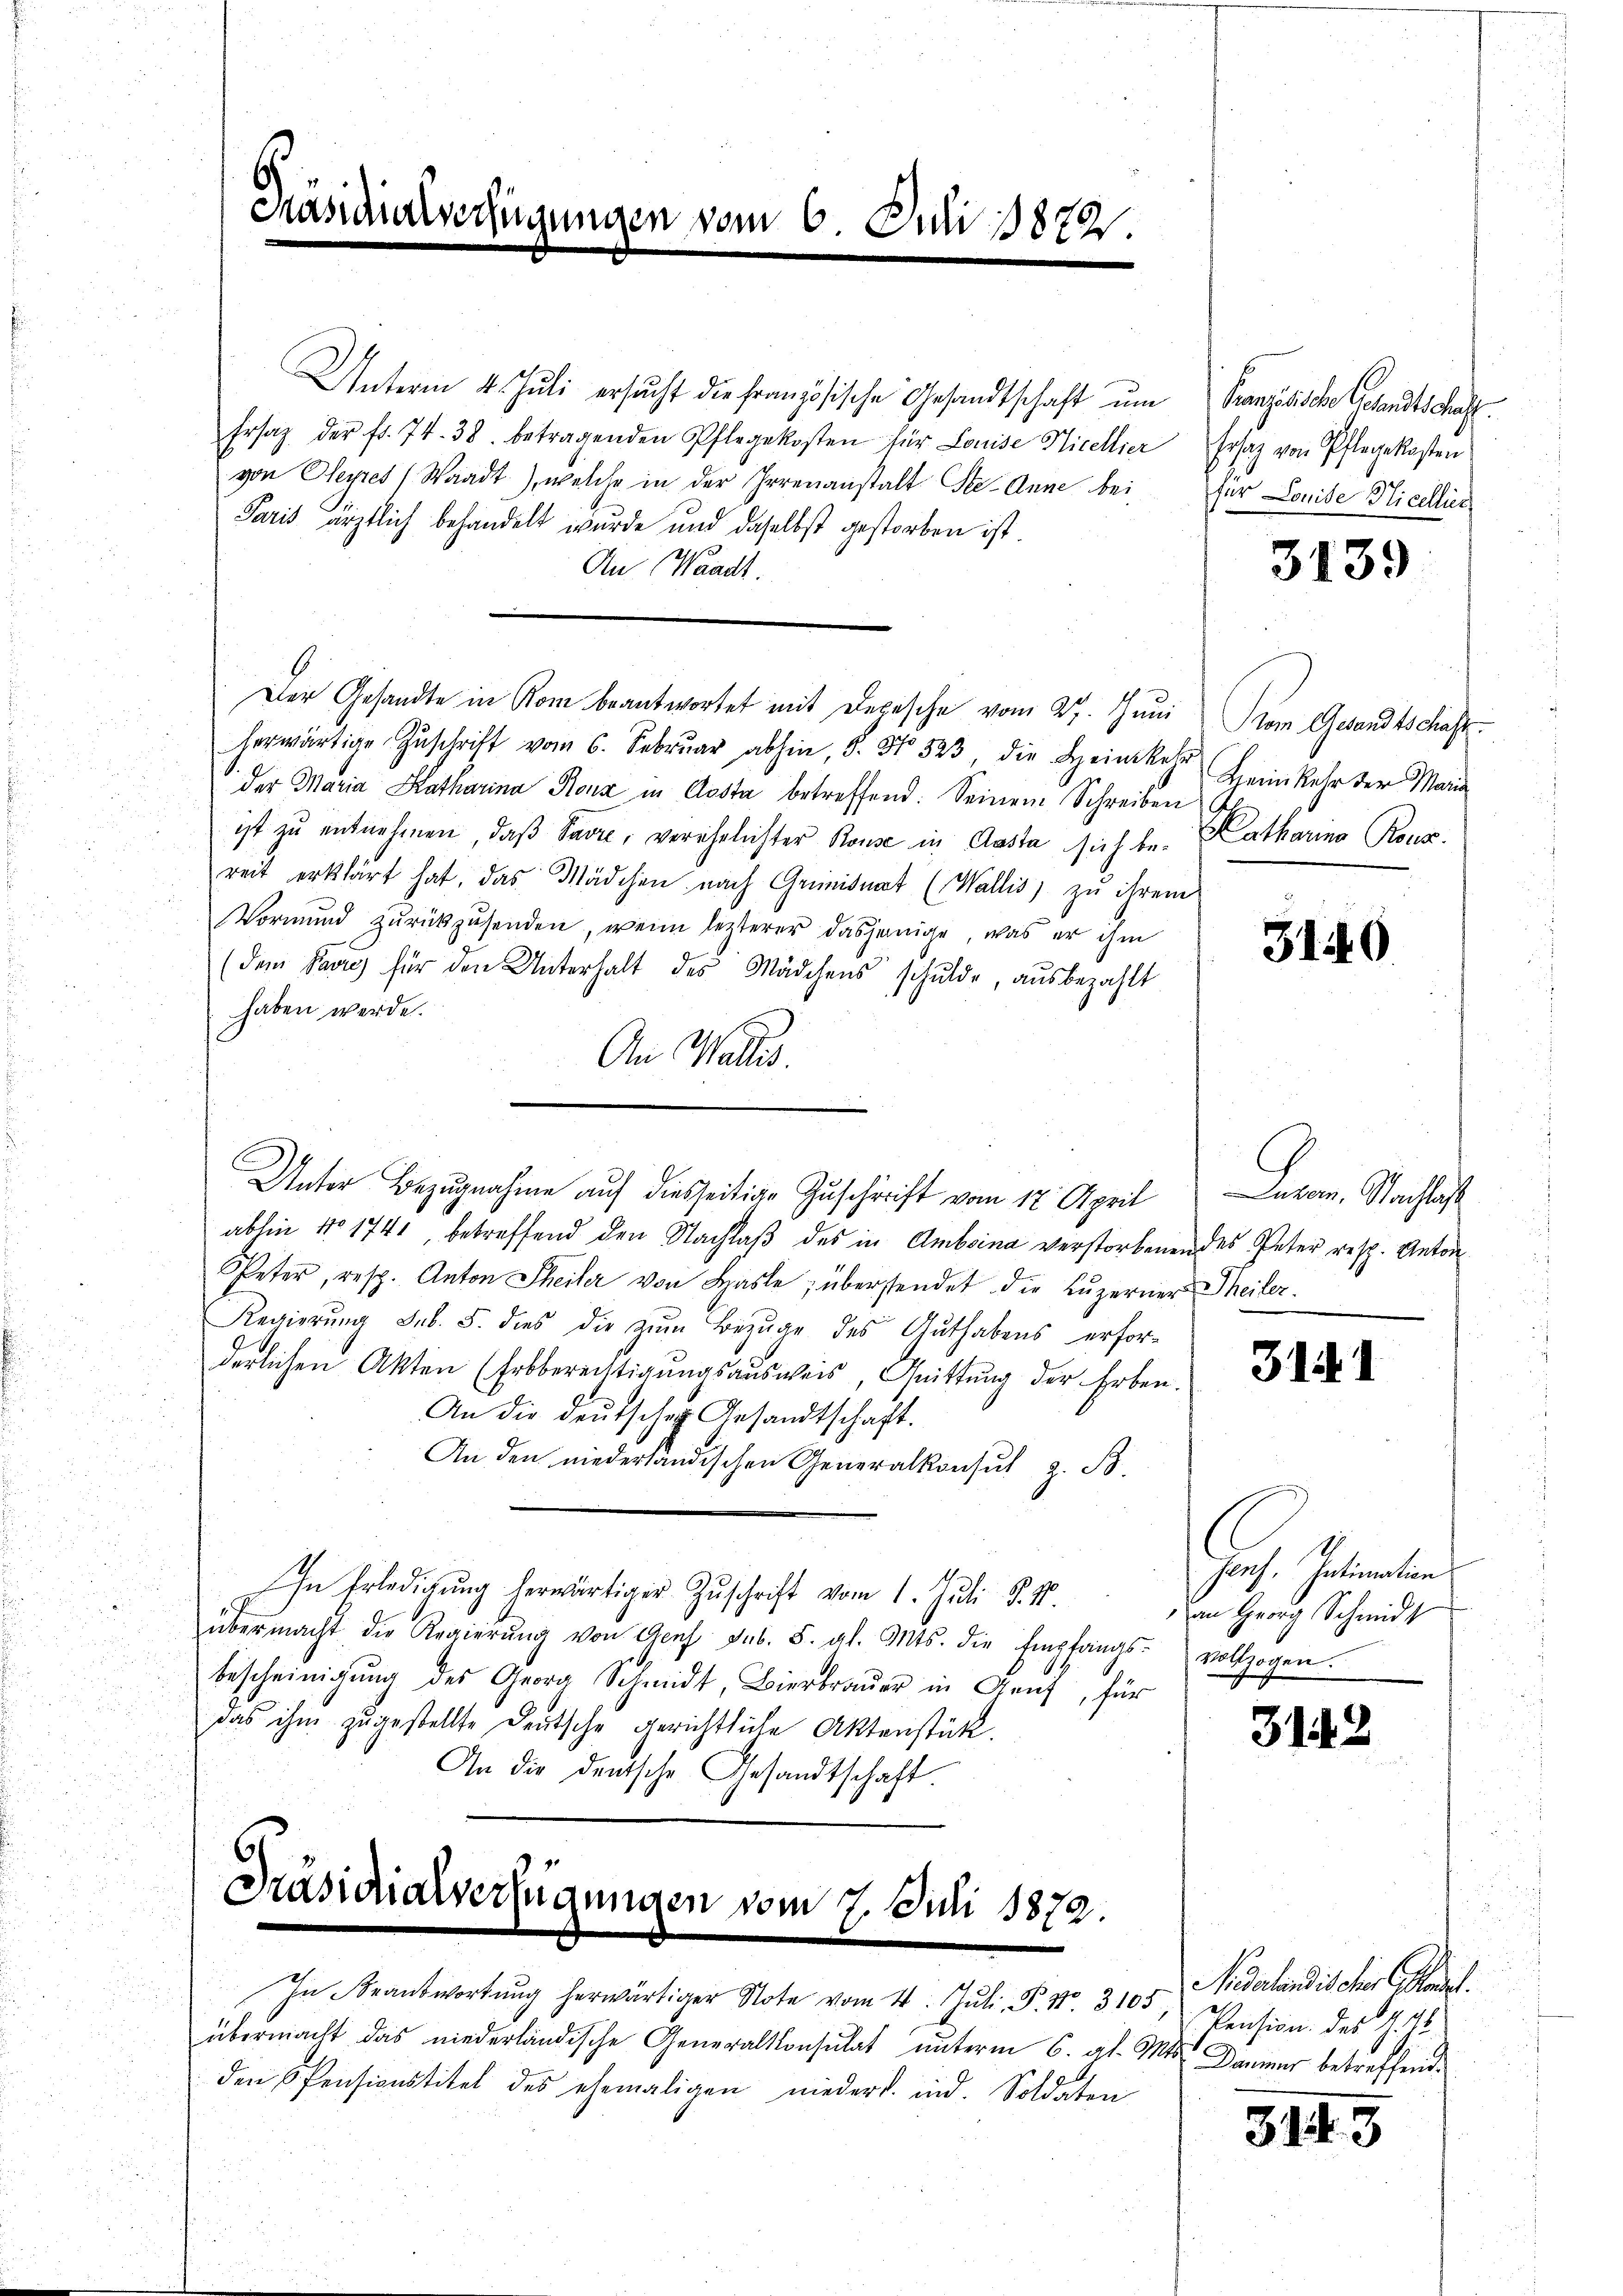
Masidialverfügungen vom 6. Juli 1872.

Unterm 4. Juli ersucht die französische Gesandtschaft um
Ersatz der fr. 74. 38. betragenden Pflegekosten für Louise Nicellier Ersatz von Pflegekosten
von Seyres (Waadt), welche in der Irrenanstalt Ste-Anne bei
Paris ärztlich behandelt wurde und daselbst gestorben ist
An Waadt.
herwärtige Zŭschrift vom 6. Febrŭar abhin, 5. No. 523, die Heimkehr Heimkehr der Marie
der Maria Katharina Ponz in Aosta betreffend: Seinem Schreiben
ist zu entnehmen, daß Pavre, verehelichter Rouse in Aosta sich be- Catharina Kennreit erklärt hat, das Mädchen nach Griminat (Wallis) zu ihrem
Vormund zurückzusenden, wenn lezterer dasjenige, was er ihm
(dem Parre für den Unterhalt des Mädchens schŭlde, aŭsbezahlt
haben werde.
An Wallis.
Unter Bezugnahme auf diesseitige Zuschrift vom 17. April
abhin No 1741, betreffend den Nachlaß des in Ambsina verstorbenen des Peter resp. Anton
Peter, resp. Anton Theiler von Hasle, überstendet die Luzerner Theiler.
Regierung sub. 5. dies die zum Bezuge des Guthabens erforderlichen Akten (Erbberechtigungsausweis, Quittung der Erben.
An die Deutschen Gesandtschaft.
An den niederländischen Generalkonsul z. B.
In Erledigung herwärtiger Zuschrift vom 1. Juli d. M.
übermacht die Regierŭng von Genf das. S. gl. Mts. die Empfangs- vollzogen.
bescheinigŭng des Georg Schmidt, Bierbraŭer in Genf, für
das ihm zugestellte deutsche gerichtliche Aktenstück.
An die deutsche Gesandtschaft.

Der Gesandte in Rom beantwortet mit Depesche vom 27. Juni

In Beantwortŭng herwärtiger Note vom 4. Jŭli P. Nr. 3105, Pension des J. J.
übermacht das niederländische Generalkonsulat unterm 6. gl. Mts. Dammer betreffendden Pensionstitel des ehemaligen nieders. ind. Soldaten

Präsidialverfügungen vom 7. Juli 1872

Französische Gesandtschaft.
für Louise Hicellier

3139

Kom Gesandtschafts-

3140

Lacon Sprachtest

311

Jens, Intimation
an Georg Schmidt

3142

Niderländis der Mut

31

5